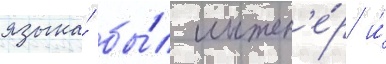
языка́ бы́л инжен'е́р и́